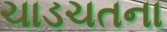
ચાડચતના